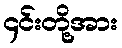
၄င်းတို့အား